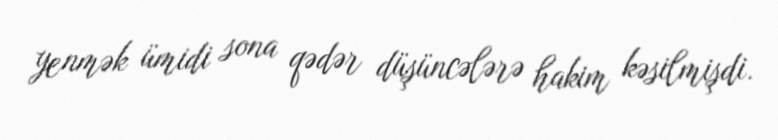
yenmək ümidi sona qədər düşüncələrə hakim kəsilmişdi.